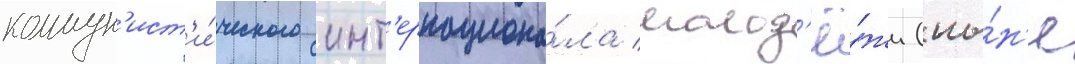
коммун'ист'и́ческого инт'ернациона́ла молод'ё́жи (ны́н'е